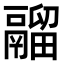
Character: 鬸